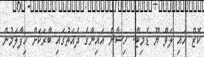
ކޮޒް އައި ލަވް ޔޫ ޑެމިޓް. ހިޝާން އައިނާގެ ދެއަތުގައި ބާރަކަށް ހިފާލަމުން